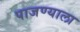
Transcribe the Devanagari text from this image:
पाजण्याला